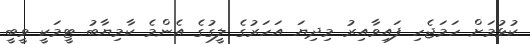
ކުޅުމަށް ހަމަޖެހި ފައިވާއިރު މިދިޔަ އަހަރުގެ ލީގުގެ އެންމެ ކާމިޔާބު ޓީމަކީ ވީބީ